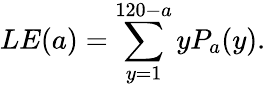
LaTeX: LE(a)=\sum_{y=1}^{120-a}yP_{a}(y).